Civil Veterinary Department Bihar reports 1940-50 - 1940-1950
Year: 1940
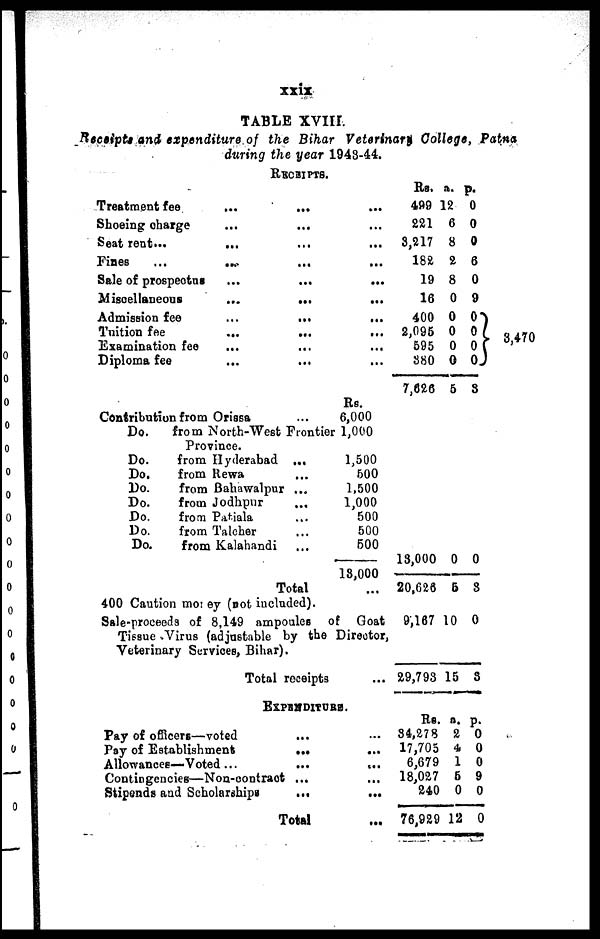
xxix
TABLE XVIII.
Receipts and expenditure of the Bihar Veterinary College, Patna
during the year 1943-44.
RECEIPTS.
Treatment fee ... ... ...
Shoeing charge ... ... ...
Seat rent. ... ... ...
Fines ... ... ... ...
Sale of prospectus ... ... ...
Miscellaneous ... ... ...
Admission fee ... ... ...
Tuition fee ... ... ...
Examination fee ... ... ...
Diploma fee ... ... ...
Rs.
Contribution from Orissa
...
6,000
Do.
from North-West Frontier 1,000
Province.
Do.
from Hyderabad ...
1,500
Do.
from Rewa
...
500
Do.
from Bahawalpur
...
1,500
Do.
from Jodhpur
...
1,000
Do.
from Patiala
...
500
Do.
from Talcher
...
500
Do.
from Kalahandi
...
500
13,000
Total ...
400 Caution money (not included).
Sale-proceeds of 8,149 ampoules of Goat
Tissue Virus (adjustable by the Director,
Veterinary Services, Bihar).
Total receipts ...
EXPENDITURE.
Pay of officers—voted ... ...
Pay of Establishment ... ...
Allowances—Voted ... ... ...
Contingencies—Non-contract ... ...
Stipends and Scholarships ... ...
Total ...
Rs.
499
221
3,217
182
19
16
400
2,095
595
380
7,626
13,000
20,626
9,167
29,793
Rs.
34,278
17,705
6,679
18,027
240
76,929
a.
12
6
8
2
8
0
0
0
0
0
5
0
5
10
15
a.
2
4
1
5
0
12
p.
0
0
0
6
0
9
0
0
0
0
3
0
3
0
3
p.
0
0
0
9
0
0
3,470